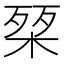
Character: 𭪴